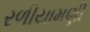
રળીયામણી